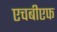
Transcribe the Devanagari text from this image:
एचबीएफ